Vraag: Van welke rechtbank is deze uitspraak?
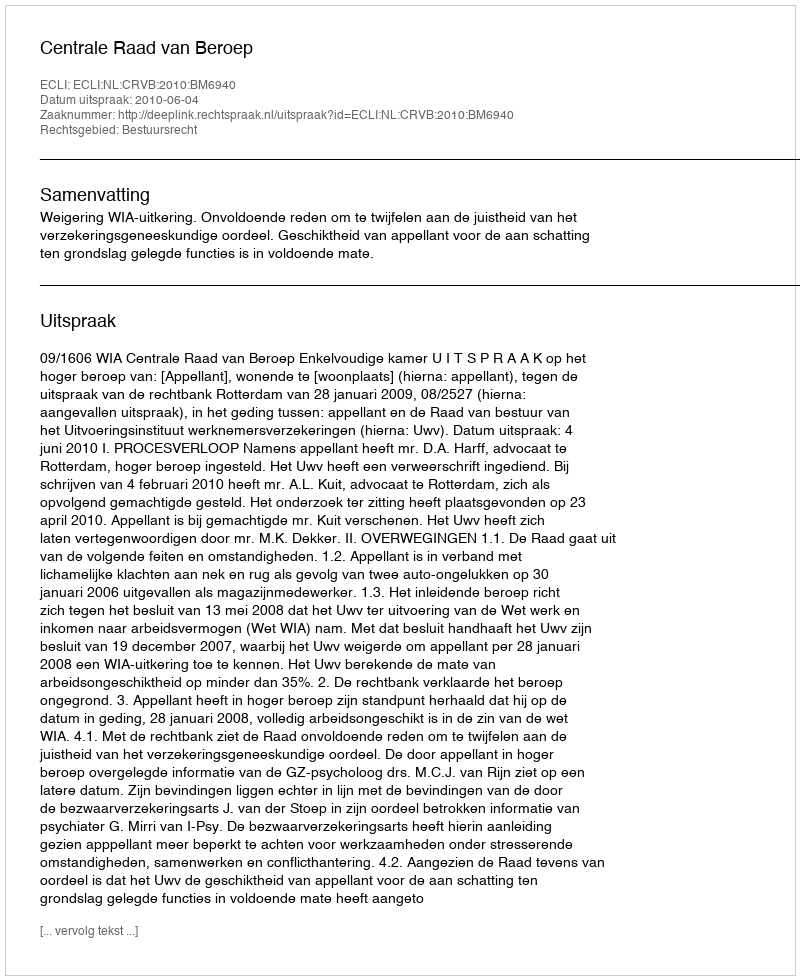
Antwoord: Centrale Raad van Beroep